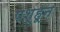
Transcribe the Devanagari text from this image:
पशूहून